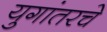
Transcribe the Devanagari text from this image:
युगांतरचे